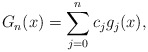
\begin{align*} G_n(x)=\sum_{j=0}^{n} c_{j}g_{j}(x),\end{align*}